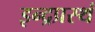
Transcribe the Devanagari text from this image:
इन्द्रप्रस्थं